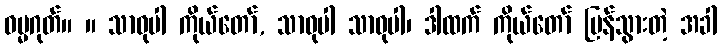
ဓမ္မဂုတ်။ ။ သာဓုပါ ကိုယ်တော်, သာဓုပါ သာဓုပါ၊ ဒါထက် ကိုယ်တော် ပြန်သွားတဲ့ အခါ